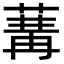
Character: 𦵷